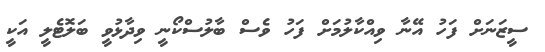
ސީޒަނަށް ފަހު އޭނާ ވިއްކާލުމަށް ފަހު ވެސް ބާލުސްކޯނީ ވިދާޅުވީ ބަލޮޓެލީ އަކީ